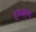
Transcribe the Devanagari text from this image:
हय्याम